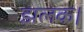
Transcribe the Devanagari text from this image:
झलक।